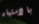
بالاستياء